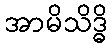
အာမိသိဒ္ဓိ